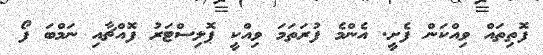
ފޮތިތައް ވިއްކަން ފެށީ. އެންމެ ފުރަތަމަ ވިއްކީ ޕޮލިސްޓަރު ފޮއްޗާއި ނަމްބަ ފޯ